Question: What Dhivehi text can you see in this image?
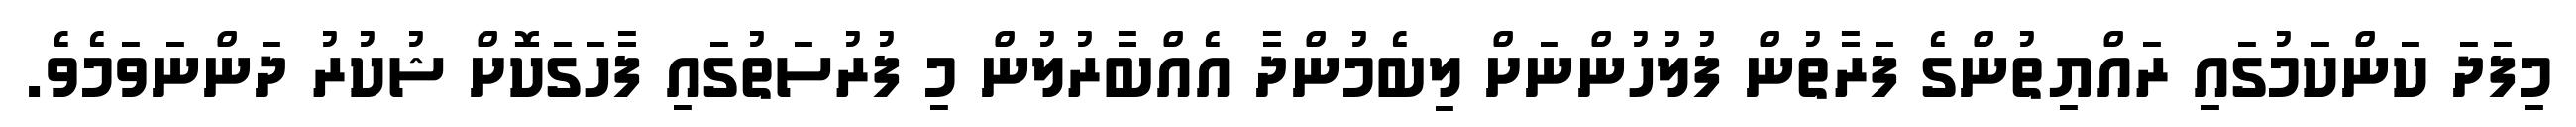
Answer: މިފަދަ ކަންކަމުގައި ރައްޔިތުންގެ ފަރާތުން ފުލުހުންނަށް ލިބެމުންދާ އެއްބާރުލުން މި ފުރުސަތުގައި ފާހަގަކޮށް ޝުކުރު ދަންނަވަމެވެ.